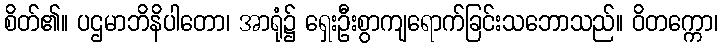
စိတ်၏။ ပဌမာဘိနိပါတော၊ အာရုံ၌ ရှေးဦးစွာကျရောက်ခြင်းသဘောသည်။ ဝိတက္ကော၊